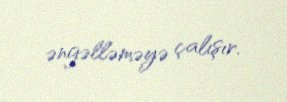
əngəlləməyə çalışır.